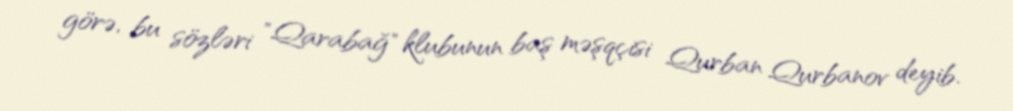
görə, bu sözləri "Qarabağ" klubunun baş məşqçisi Qurban Qurbanov deyib.